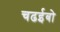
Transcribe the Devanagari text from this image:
चढईबो